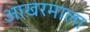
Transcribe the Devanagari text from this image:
आखरमाला